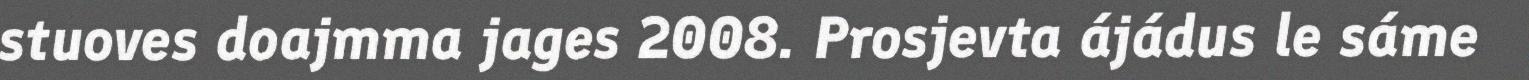
stuoves doajmma jages 2008. Prosjevta ájádus le sáme